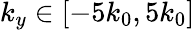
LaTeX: k_{y}\in\left[-5k_{0},5k_{0}\right]